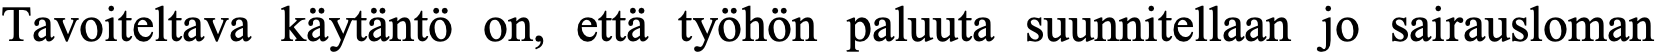
Tavoiteltava käytäntö on, että työhön paluuta suunnitellaan jo sairausloman